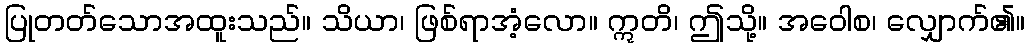
ပြုတတ်သောအထူးသည်။ သိယာ၊ ဖြစ်ရာအံ့လော။ ဣတိ၊ ဤသို့။ အဝေါစ၊ လျှောက်၏။